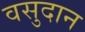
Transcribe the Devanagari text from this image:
वसुदान